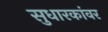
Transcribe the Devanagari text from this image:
सुधारकांवर